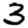
Digit: 3